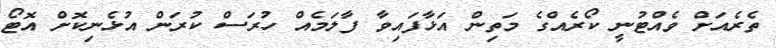
ތެރެއަށް ވެއްޓުނީ ކޯރެއްގެ މަތިން އަޅާފައިވާ ފާލަމެއް ހުރަސް ކުރަން އުޅެނިކޮށް އޮޓޯ